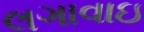
લગાવાઇ